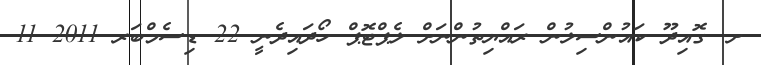
ށ. ގޮއިދޫ ކައުންސިލުން ރައްޔިތުންނަށް ލެޕްޓޮޕް ހޯދައިދެނީ 22 ޑިސެމްބަރ 2011 11